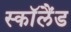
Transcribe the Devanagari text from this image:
स्काॅलैंड